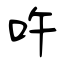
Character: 吘